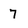
Character: 7